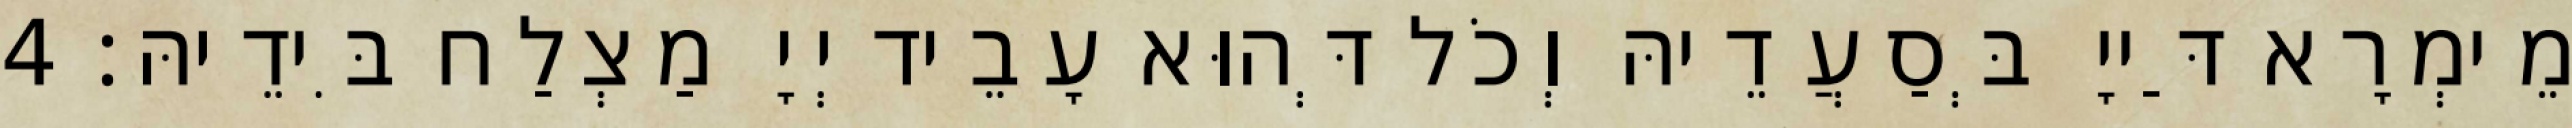
מֵימְרָא דַּייָ בְּסַעֲדֵיהּ וְכֹל דְּהוּא עָבֵיד יְיָ מַצְלַח בִּידֵיהּ׃ 4